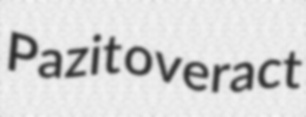
Pazit overact